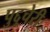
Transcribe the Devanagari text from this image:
पुद्दूचेरी